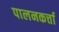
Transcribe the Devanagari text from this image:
पालनकर्त्ता